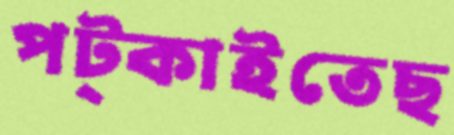
পট্‌কাইতেছ